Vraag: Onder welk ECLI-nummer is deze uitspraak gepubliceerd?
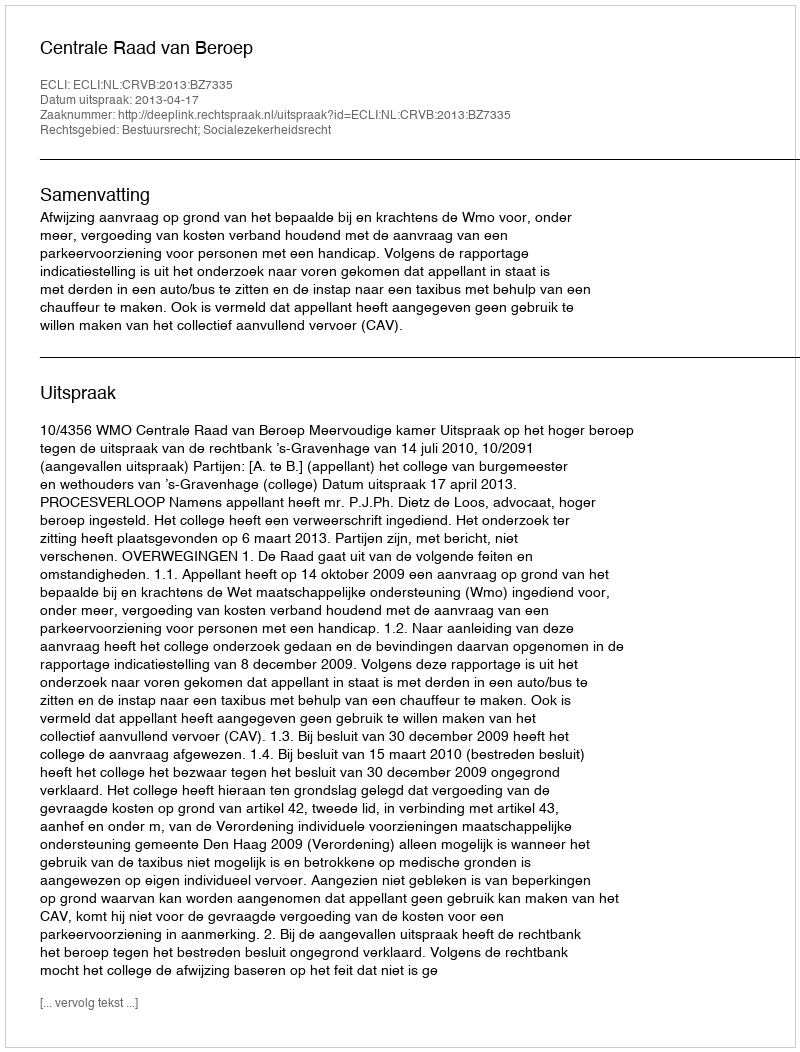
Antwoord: ECLI:NL:CRVB:2013:BZ7335